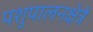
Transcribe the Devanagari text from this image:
पशुपालनक्षेत्रे